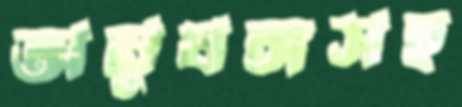
অনুষঙ্গসহ